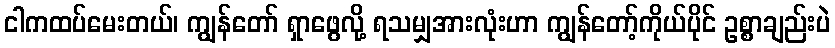
ငါကထပ်မေးတယ်၊ ကျွန်တော် ရှာဖွေလို့ ရသမျှအားလုံးဟာ ကျွန်တော့်ကိုယ်ပိုင် ဥစ္စာချည်းပဲ